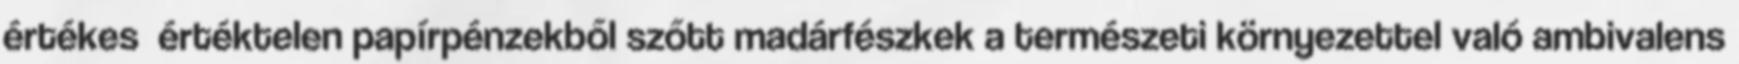
értékes értéktelen papírpénzekből szőtt madárfészkek a természeti környezettel való ambivalens